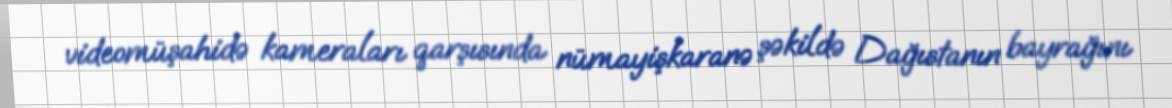
videomüşahidə kameraları qarşısında nümayişkaranə şəkildə Dağıstanın bayrağını